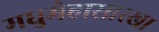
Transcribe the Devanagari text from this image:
मधुमेहासारखा